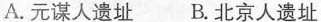
A.元谋人遗址B.北京人遗址